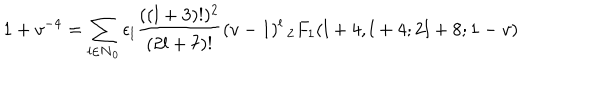
LaTeX: 1 + v ^ { - 4 } = \sum _ { l \in \bf { N } _ { 0 } } \epsilon _ { l } \frac { ( ( l + 3 ) ! ) ^ { 2 } } { ( 2 l + 7 ) ! } ( v - 1 ) ^ { l } \, _ { 2 } F _ { 1 } ( l + 4 , l + 4 ; 2 l + 8 ; 1 - v )